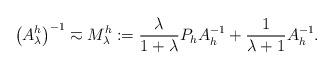
LaTeX: \begin{align*}\left (A^h_{\lambda}\right )^{-1}\eqsim M^h_{\lambda}:=\frac{\lambda}{1+\lambda}P_hA_h^{-1} +\frac{1}{\lambda+1} A_h^{-1}.\end{align*}